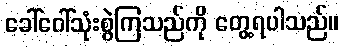
ခေါ်ဝေါ်သုံးစွဲကြသည်ကို တွေ့ရပါသည်။